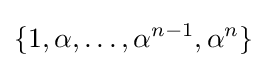
\{1,\alpha ,\ldots ,\alpha ^{n-1},\alpha ^{n}\}